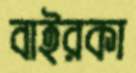
বাইরকা